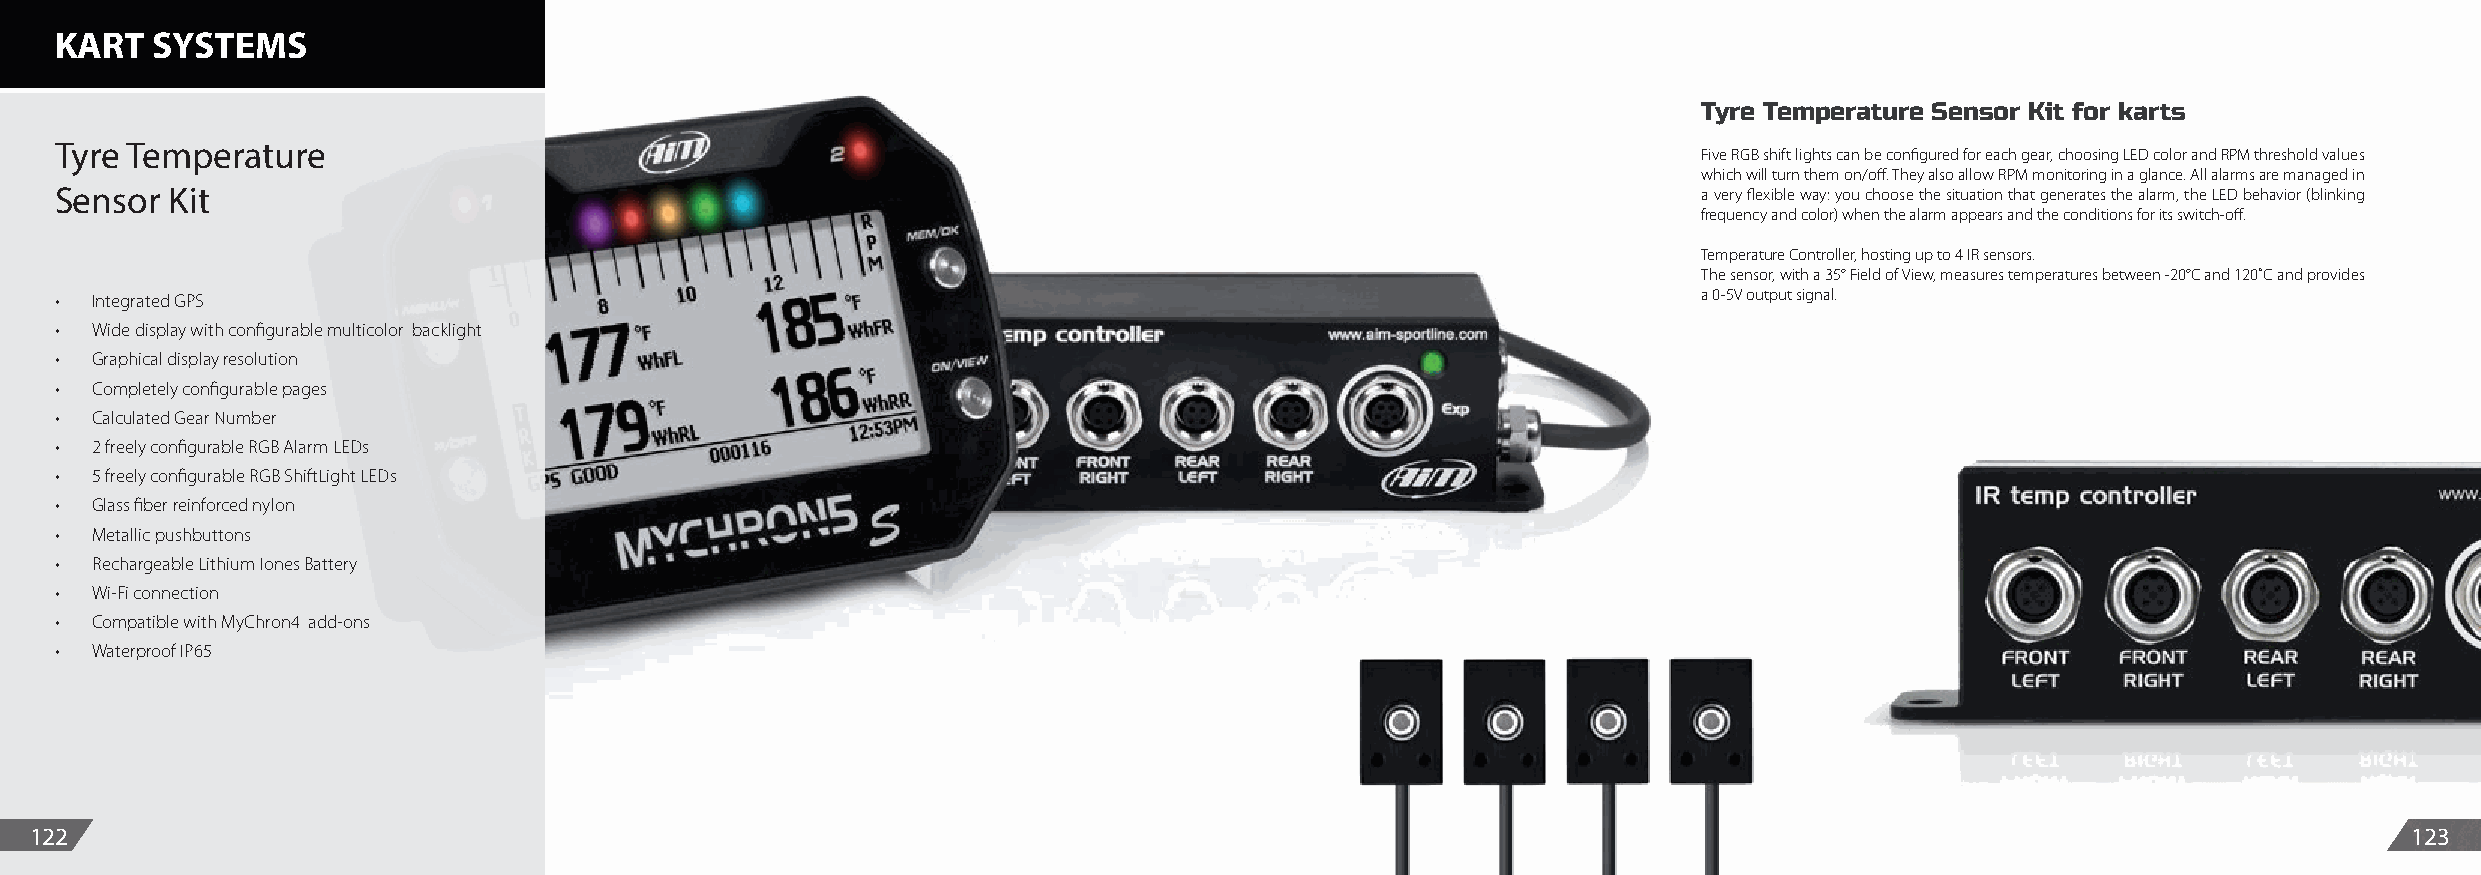
KART  SYSTEMS
 Tyre Temperature Sensor Kit for karts
 Tyre Temperature
 Five RGB shift lights can be configured for each gear, choosing LED color and RPM threshold values
 which will turn them on/off. They also allow RPM monitoring in a glance. All alarms are managed in
 Sensor Kit                                                                                                   a very flexible way: you choose the situation that generates the alarm, the LED behavior (blinking
 frequency and color) when the alarm appears and the conditions for its switch-off.
 Temperature Controller, hosting up to 4 IR sensors.
 The sensor, with a 35° Field of View, measures temperatures between -20°C and 120˚C and provides
 • Integrated GPS                                                                                             a 0-5V output signal.
 • Wide display with configurable multicolor backlight
 • Graphical display resolution
 • Completely configurable pages
 • Calculated Gear Number
 • 2 freely configurable RGB Alarm LEDs
 • 5 freely configurable RGB ShiftLight LEDs
 • Glass fiber reinforced nylon
 • Metallic pushbuttons
 • Rechargeable Lithium Iones Battery
 • Wi-Fi connection
 • Compatible with MyChron4 add-ons
 • Waterproof IP65
 122                                                                                                                                                           123